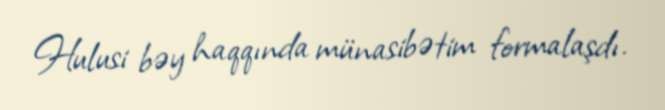
Hulusi bəy haqqında münasibətim formalaşdı.